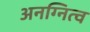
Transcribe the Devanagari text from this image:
अनग्नित्व